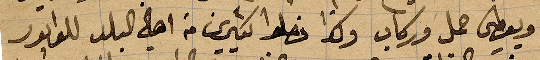
ويعطي حمل وركاب وكذا فصلو كثيرين من اهل البلد للدابور